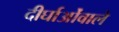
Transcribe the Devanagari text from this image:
दीर्घाओंवाले